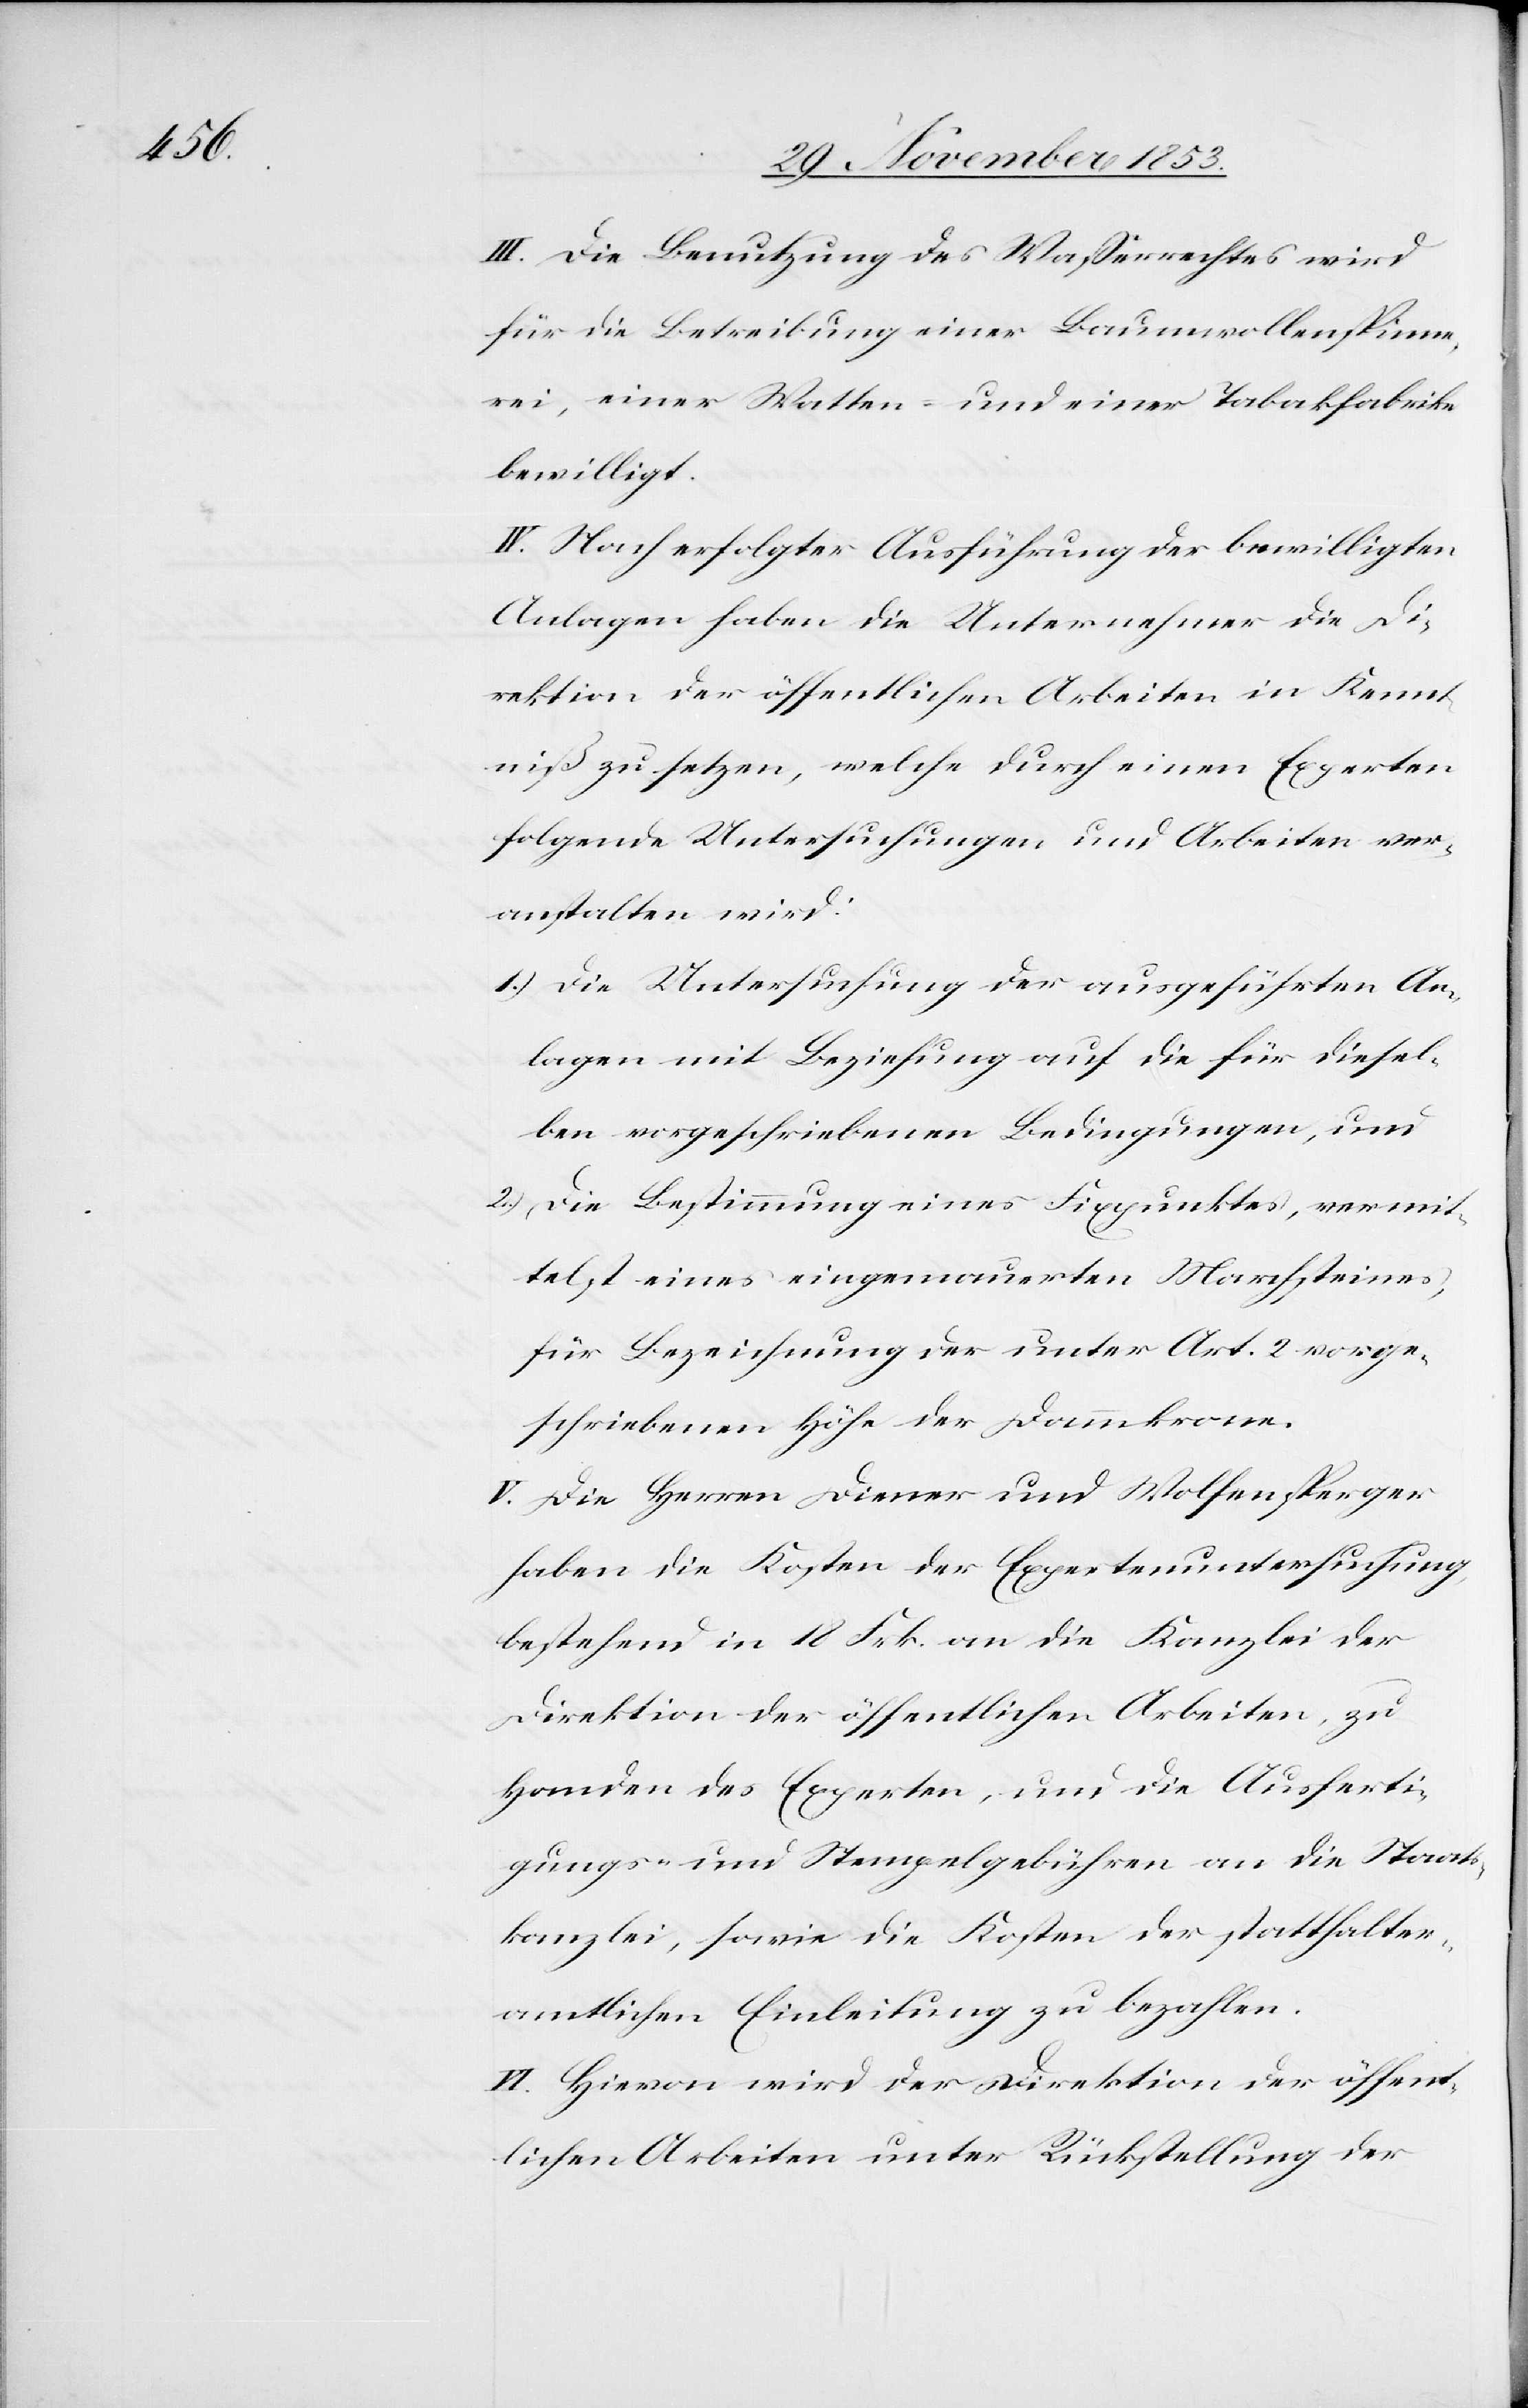
III. Die Benutzung des Wasserrechtes wird
für die Betreibung einer Baumwollenspinne¬
rei, einer Watten- und einer Tabakfabrike
bewilligt.
IV. Nach erfolgter Ausführung der bewilligten
Anlagen haben die Unternehmer die Di¬
rektion der öffentlichen Arbeiten in Kennt¬
niß zu setzen, welche durch einen Experten
folgende Untersuchungen und Arbeiten ver¬
anstalten wird:
1.) Die Untersuchung der ausgeführten An¬
lagen mit Beziehung auf die für diesel¬
ben vorgeschriebenen Bedingungen, und
2.) Die Bestimmung eines Fixpunktes, vermit¬
telst eines eingemauerten Marchsteines,
für Bezeichnung der unter Art. 2 vorge¬
schriebenen Höfe der Dammkrone.
V. Die Herren Diener und Wolfensperger
haben die Kosten der Expertenuntersuchung,
bestehend in 18 Frk. an die Kanzlei der
Direktion der öffentlichen Arbeiten, zu
Handen des Experten, und die Ausferti¬
gungs- u. Stempelgebühren an die Staats¬
kanzlei, sowie die Kosten der statthalter¬
amtlichen Einleitung zu bezahlen.
VI. Hievon wird der Direktion der öffent¬
lichen Arbeiten unter Rückstellung der